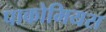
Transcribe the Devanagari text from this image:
पाकोमियस